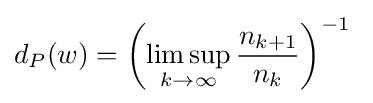
d_{P}(w)=\left({\limsup _{k\rightarrow \infty }{\frac {n_{k+1}}{n_{k}}}}\right)^{-1}\